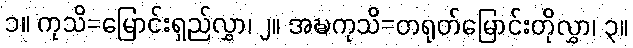
၁။ ကုသိ=မြောင်းရှည်လွှာ၊ ၂။ အဍ္ဎကုသိ=တရုတ်မြောင်းတိုလွှာ၊ ၃။